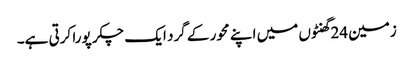
زمین 24گھنٹوں میں اپنے محور کے گرد ایک چکر پورا کرتی ہے۔